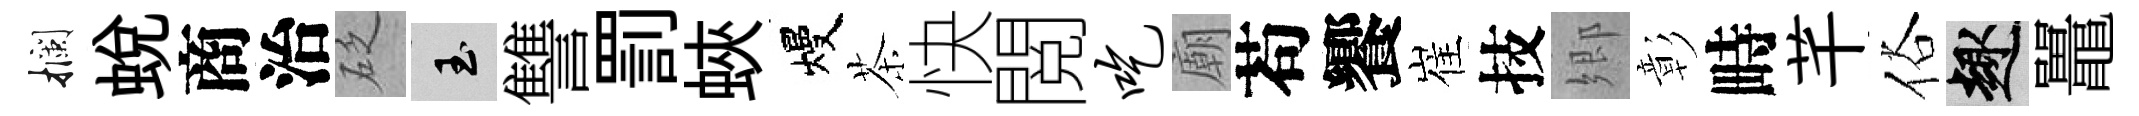
攔蛻商治砭玉讐罰蛺熳茶快閲吃廟苟饗崔技郷彰畤芊俗趣鼉